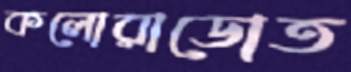
কলোরাডোত